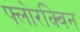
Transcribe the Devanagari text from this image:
फ्लोरक्विन